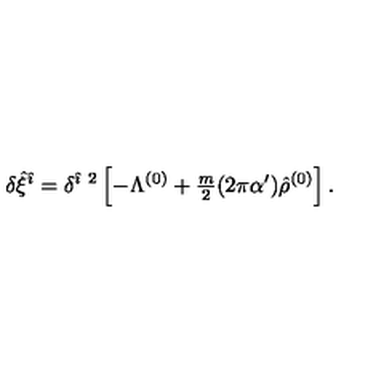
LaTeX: \delta \hat { \xi } ^ { \hat { \imath } } = \delta ^ { \hat { \imath } \ 2 } \left[ - \Lambda ^ { ( 0 ) } + { \textstyle \frac { m } { 2 } } ( 2 \pi \alpha ^ { \prime } ) \hat { \rho } ^ { ( 0 ) } \right] .